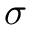
\sigma